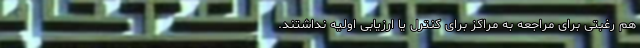
هم رغبتی برای مراجعه به مراکز برای کنترل یا ارزیابی اولیه نداشتند.